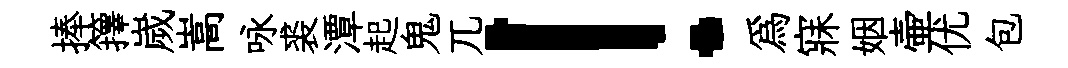
捧籜嵗嵩咏裘潭起鬼兀！爲寐姻壷优包